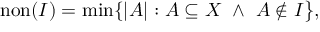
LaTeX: \operatorname { n o n } ( I ) = \operatorname* { m i n } \{ | A | : A \subseteq X \ \wedge \ A \notin I { \big \} } ,